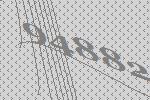
94882